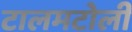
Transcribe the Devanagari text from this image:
टालमटोली